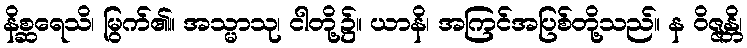
နိစ္ဆရေသိ၊ မြွက်၏။ အသ္မာသု၊ ငါတို့၌။ ယာနိ၊ အကြင်အပြစ်တို့သည်။ န ဝိဇ္ဇန္တိ၊